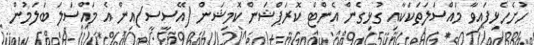
ހުށެހެޅިފައިވާ މައްސަލަތަކަކާއި ގުޅިގެން އެންޓް ކޮރަޕްޝަން ކޮމިޝަން (އޭސީސީ)އިން އެ މައްސަލަ ބަލަމުން